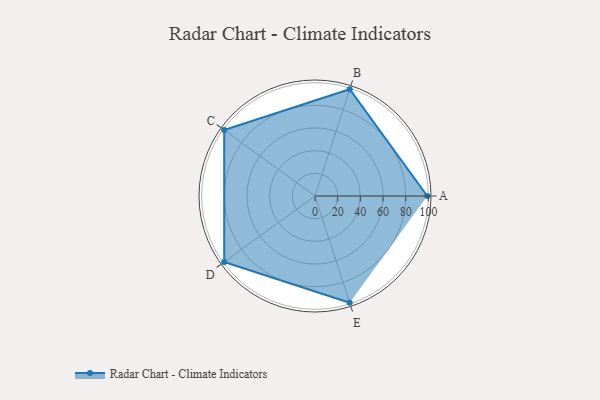
{"axis": {"x": "Skill", "y": "Score"}, "legend": ["Profile"], "data": [{"x": "A", "y": 99, "type": "Profile"}, {"x": "B", "y": 99, "type": "Profile"}, {"x": "C", "y": 99, "type": "Profile"}, {"x": "D", "y": 99, "type": "Profile"}, {"x": "E", "y": 99, "type": "Profile"}]}